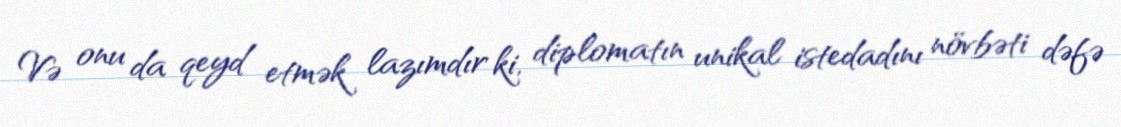
Və onu da qeyd etmək lazımdır ki, diplomatın unikal istedadını növbəti dəfə